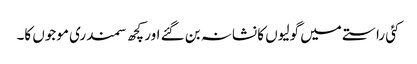
کئی راستے میں گولیوں کا نشانہ بن گئے اور کچھ سمندری موجوں کا۔